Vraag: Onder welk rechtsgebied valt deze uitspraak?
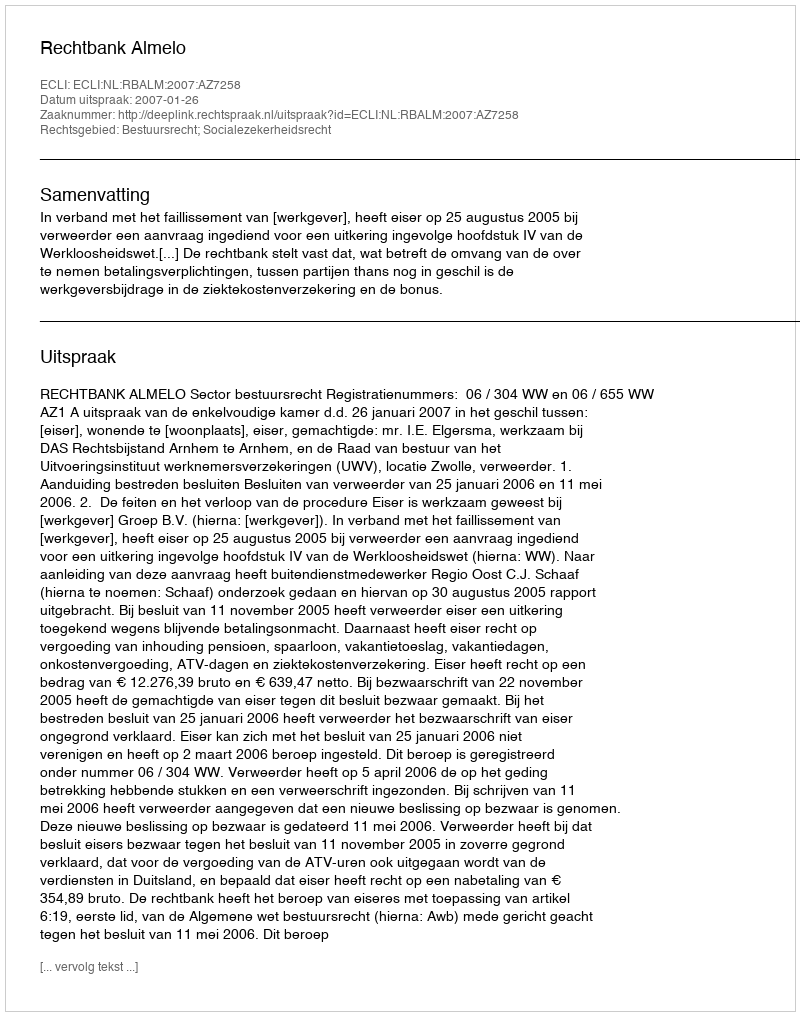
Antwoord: Bestuursrecht; Socialezekerheidsrecht